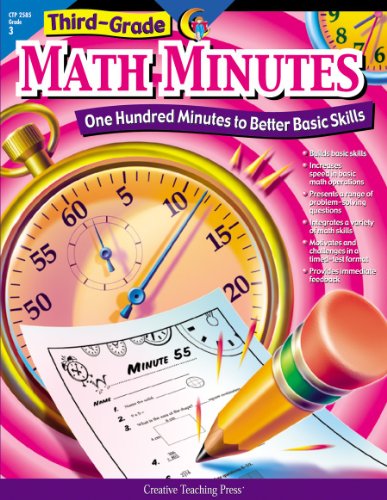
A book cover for Math Minutes, 3rd Grade; Alaska Hults; Test Preparation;